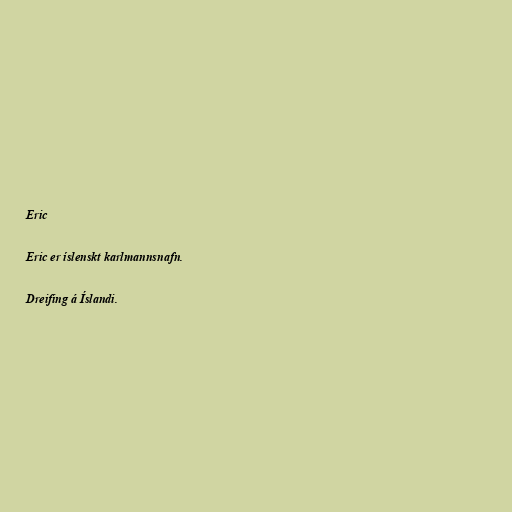
Eric

Eric er íslenskt karlmannsnafn.

Dreifing á Íslandi.